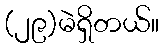
(၂၉)မဲရှိတယ်။